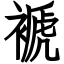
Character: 褫